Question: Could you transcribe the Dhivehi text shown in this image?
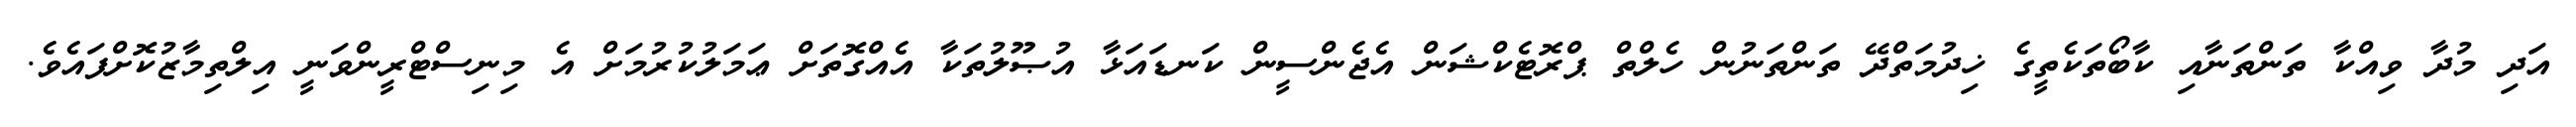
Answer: އަދި މުދާ ވިއްކާ ތަންތަނާއި ކާބޯތަކެތީގެ ޚިދުމަތްދޭ ތަންތަނުން ހެލްތް ޕްރޮޓެކްޝަން އެޖެންސީން ކަނޑައަޅާ އުޞޫލުތަކާ އެއްގޮތަށް ޢަމަލުކުރުމަށް އެ މިނިސްޓްރީންވަނީ އިލްތިމާޒުކޮށްފައެވެ.